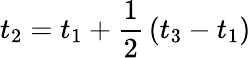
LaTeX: t_{2}=t_{1}+{\frac{1}{2}}\left(t_{3}-t_{1}\right)